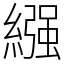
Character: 繦